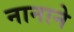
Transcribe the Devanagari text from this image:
नानाने